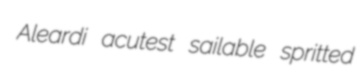
Aleardi acutest sailable spritted